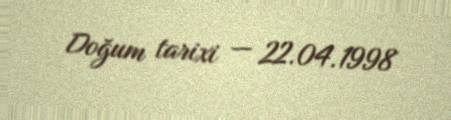
Doğum tarixi — 22.04.1998